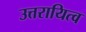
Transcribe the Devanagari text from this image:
उत्तरायित्व